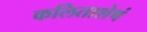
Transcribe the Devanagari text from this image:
कलिताशेषं